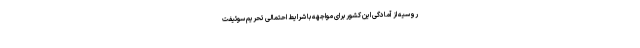
روسیه از آمادگی این کشور برای مواجهه با شرایط احتمالی تحریم سوئیفت